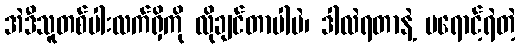
အဲဒီသူတစ်ပါးလက်ရှိကို လိုချင်တာပါပဲ၊ ဒါလဲရတာနဲ့ မရောင့်ရဲတဲ့